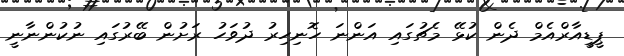
ޕީޑީއާރްއެމް ދެން ކުޅޭ މެޗުގައި އަންނަ ހޮނިހިރު ދުވަހު ރަށުން ބޭރުގައި ނުކުންނާނީ